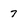
Character: 7